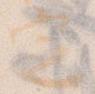
定